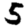
Digit: 5